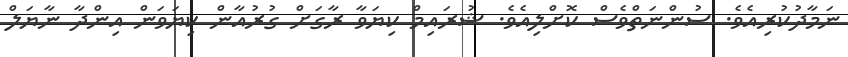
ނަމާދުކުރިއެވެ. ސުންނަތްވެސް ކޮށްލިއެވެ. ޝުރައިމް ކިޔަވާ ރާގަށް ގުރުއާން ކިޔަވަން އިންދާ ނާޔަލް